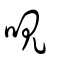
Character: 哯